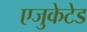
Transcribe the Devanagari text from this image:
एजुकेटेड